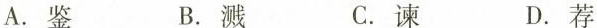
A.鉴 B.溅 C.谏 D.荐